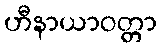
ဟီနာယာဝတ္တာ